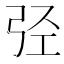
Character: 弪